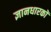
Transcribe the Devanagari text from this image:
ज्ञानधारकों